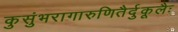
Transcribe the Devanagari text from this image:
कुसुंभरागारुणितैर्दुकूलैः